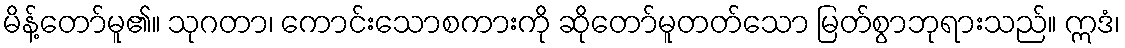
မိန့်တော်မူ၏။ သုဂတာ၊ ကောင်းသောစကားကို ဆိုတော်မူတတ်သော မြတ်စွာဘုရားသည်။ ဣဒံ၊